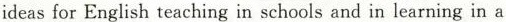
ideas for English teaching in schools and in learning in a